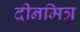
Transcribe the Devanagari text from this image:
दीनमित्र